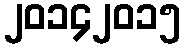
၂၀၁၄၂၀၁၅